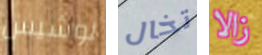
لوشيس تخال زالا